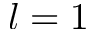
l = 1